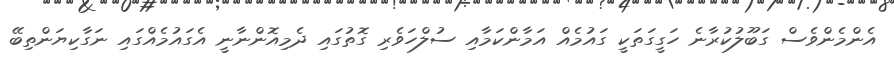
އެންމެންވެސް ގަބޫލުކުރާނެ ހަގީގަތަކީ ގައުމެއް އަމާންކަމާއި ސުލްހަވެރި ގޮތުގައި ދެމިއޮންނާނީ އެގައުމެއްގައި ނަގާކިޔަންތިބޭ